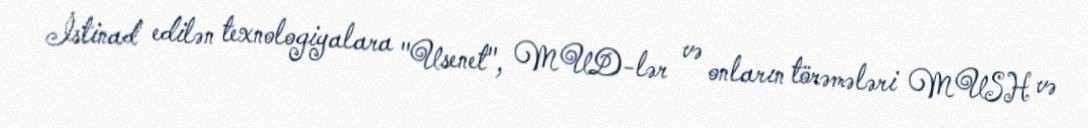
İstinad edilən texnologiyalara "Usenet", MUD-lər və onların törəmələri MUSH və